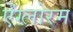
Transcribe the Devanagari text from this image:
ऐंग्लोरम